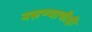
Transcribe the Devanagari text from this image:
नसण्याचीही